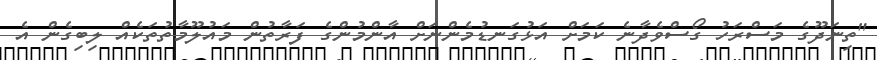
"ތިނަދޫގެ މަސްރަހު ގޯސްވެދާނެ ކަމަށް އަޅުގަނޑުމެންނަށް އާންމުންގެ ފަރާތުން މައުލޫމާތުތަކެއް ލިބިގެން އެ